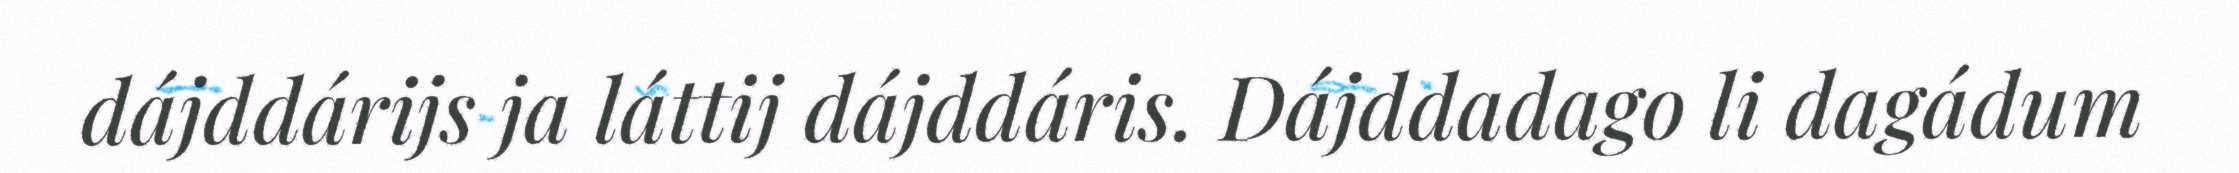
dájddárijs ja láttij dájddáris. Dájddadago li dagádum